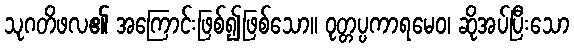
သုဂတိဖလ၏ အကြောင်းဖြစ်၍ဖြစ်သော။ ဝုတ္တပ္ပကာရမေဝ၊ ဆိုအပ်ပြီးသော